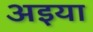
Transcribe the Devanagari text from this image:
अइया